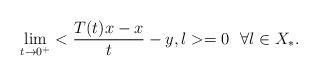
LaTeX: \begin{align*}\lim_{t\to 0^+}<{T(t)x-x\over t}-y,l>=0 \ \ \forall l\in X_*.\end{align*}